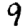
Digit: 9